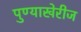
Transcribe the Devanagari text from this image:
पुण्याखेरीज